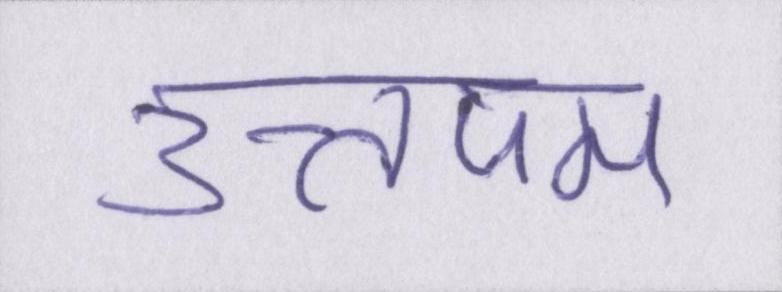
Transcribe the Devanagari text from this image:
उत्तपम